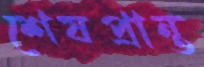
শেষপ্রান্ত